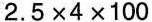
2.5×4×100